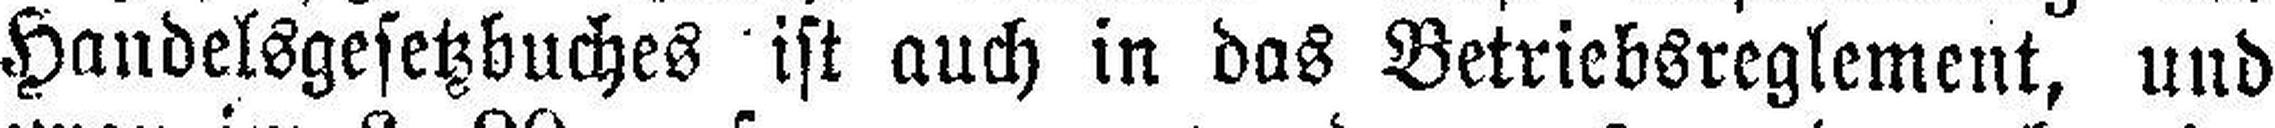
Handelsgesetzbuches ist auch in das Betriebsreglement, und